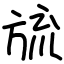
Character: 旈